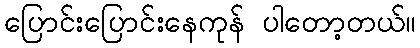
ပြောင်းပြောင်းနေကုန် ပါတော့တယ်။